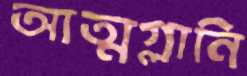
আত্মগ্লানি